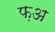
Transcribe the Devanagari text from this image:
फ़अ